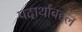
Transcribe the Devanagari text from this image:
पदार्थांबद्दल